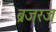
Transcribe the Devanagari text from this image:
ब्रजरज